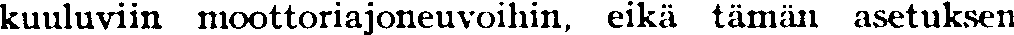
kuuluviin moottoriajoneuvoihin, eikä tämän asetuksen